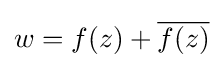
w=f(z)+{\overline {f(z)}}